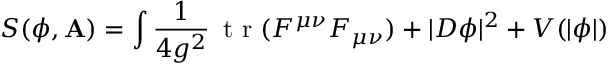
S ( \phi , \mathbf { A } ) = \int { \frac { 1 } { 4 g ^ { 2 } } } \mathop { \textrm { t r } } ( F ^ { \mu \nu } F _ { \mu \nu } ) + | D \phi | ^ { 2 } + V ( | \phi | )